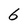
Character: 6